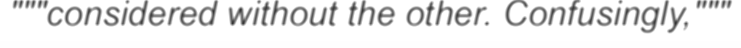
"""considered without the other. Confusingly,"""